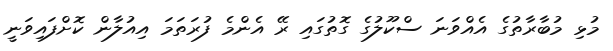
މުޅި މުބާރާތުގެ އެއްވަނަ ސްކޫލުގެ ގޮތުގައި ރޭ އެންމެ ފުރަތަމަ އިއުލާން ކޮށްފައިވަނީ